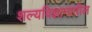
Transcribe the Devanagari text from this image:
शल्यविज्ञानातील